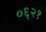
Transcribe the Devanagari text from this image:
०६२१